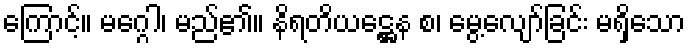
ကြောင့်။ မဂ္ဂေါ၊ မည်၏။ နိရတိယဋ္ဌေန စ၊ မွေ့လျော်ခြင်း မရှိသော